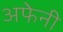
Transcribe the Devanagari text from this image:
अफेनी